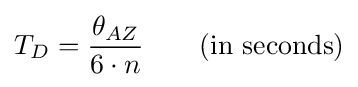
T_{D}={\frac {\theta _{AZ}}{6\cdot n}}\quad \quad {\text{(in seconds)}}